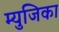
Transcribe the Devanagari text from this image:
म्युजिका